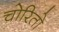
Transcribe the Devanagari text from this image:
चोरितो